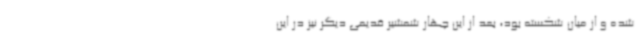
شده و از میان شکسته بود، بعد از این چهار شمشیر قدیمی دیگر نیز در این